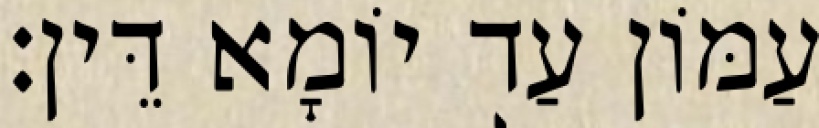
עַמּוֹן עַד יוֹמָא דֵּין׃